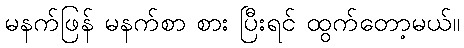
မနက်ဖြန် မနက်စာ စား ပြီးရင် ထွက်တော့မယ်။